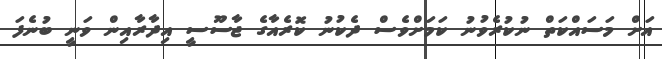
އަށް މަސައްކަތް ނުކުރެވުނު ކަމަށްވެސް ދެކުނު ކޮރެއާގެ ޖާސޫސީ އިދާރާއިން ވަނީ ބުނެފަ